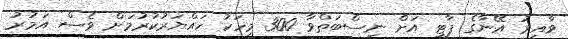
ވާއިރު އޭނާގެ ޕާޓީ އަށް ނިސްބަތްވާ 300 މީހަކު ހައްޔަރުކުރުމަށް ވެސް އަމުރު